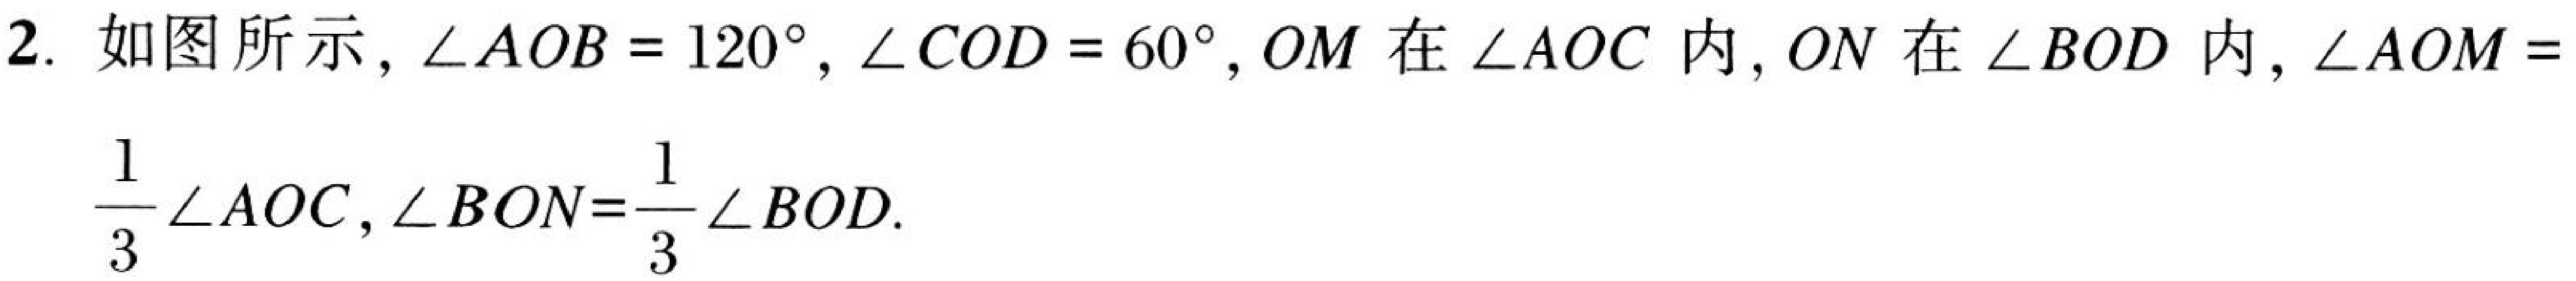
2. 如图所示, \(\angle AOB = 120^{\circ}\), \(\angle COD = 60^{\circ}\), \(OM\)在\(\angle AOC\)内, \(ON\)在\(\angle BOD\)内, \(\angle AOM=\frac{1}{3}\angle AOC\), \(\angle BON=\frac{1}{3}\angle BOD\).